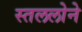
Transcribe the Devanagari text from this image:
स्तललोने